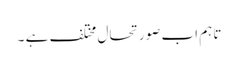
تاہم اب صورتحال مختلف ہے ۔